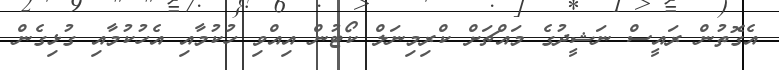
އެގޮތުން ރައީސް ނަޝީދުގެ މައްޗަށް ކްރިމިނަލް ކޯޓުން އިއްވި ހުކުމާއި އެހުކުމާއި ގުޅިގެން